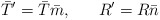
\begin{align*}\bar{T}' = \bar{T} \bar{m},~~~~~R' = R \bar{n}\end{align*}